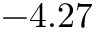
- 4 . 2 7